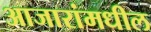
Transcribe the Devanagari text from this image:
आजारांमधील